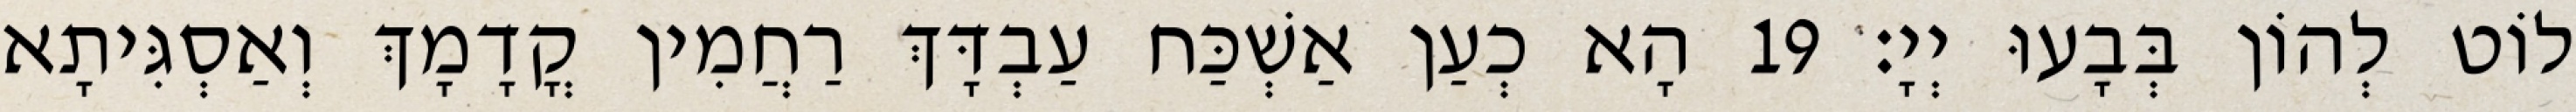
לוֹט לְהוֹן בְּבָעוּ יְיָ׃ 19 הָא כְעַן אַשְׁכַּח עַבְדָּךְ רַחֲמִין קֳדָמָךְ וְאַסְגִּיתָא